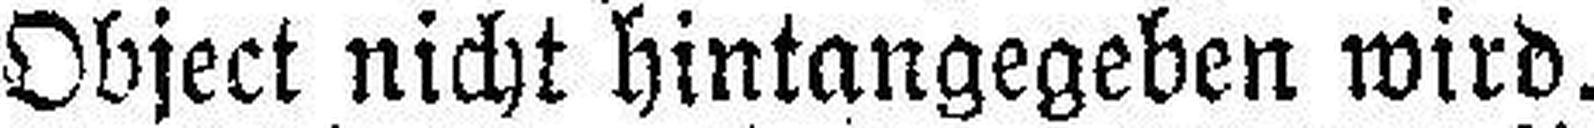
Object nicht hintangegeben wird.